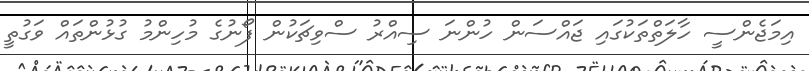
އިމަޖެންސީ ހާލަތްތަކުގައި ޖައްސަން ހުންނަ ސިއްރު ސްވިޗަކުން ފޯނުގެ މުހިންމު ގުޅުންތައް ވަގުތީ